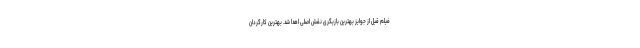
فیلم قبل از جوایز بهترین بازیگری نقش اصلی اهدا شد. بهترین کارگردان